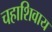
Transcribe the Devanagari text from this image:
चहाशिवाय